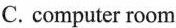
C. computer room